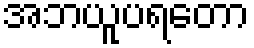
အဘယူပရတော